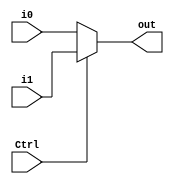
`timescale 1ns/1ps
module MUX32_2 (
    input Ctrl,
    input [31:0] i0,
    input [31:0] i1,
    output [31:0] out
);
    assign out = (Ctrl == 0) ? i0 : i1;

endmodule